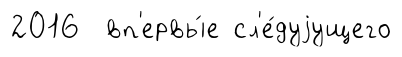
2016 вп'ервы́е сл'е́дуjущего